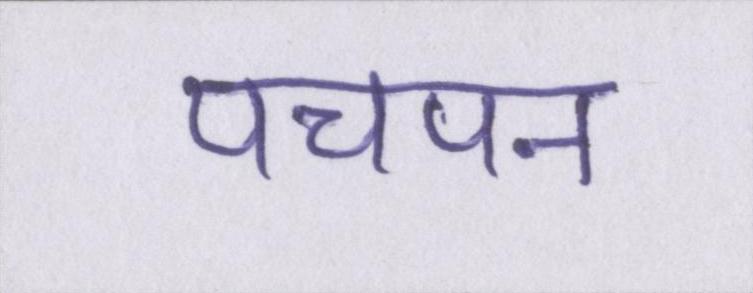
पचपन